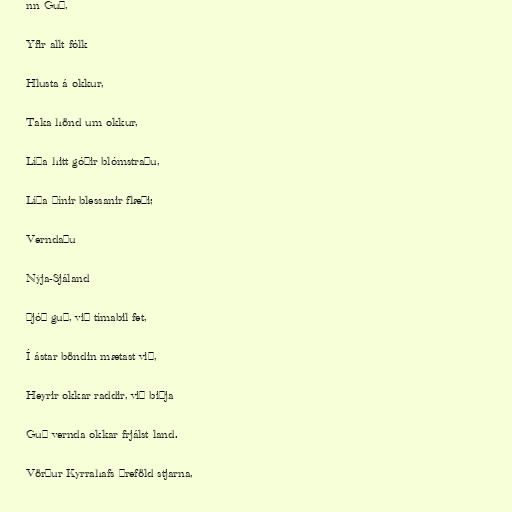
nn Guð,

Yfir allt fólk

Hlusta á okkur,

Taka hönd um okkur,

Líða hitt góðir blómstraðu,

Líða þínir blessanir flæði;

Verndaðu

Nýja-Sjáland

Þjóð guð, við tímabil fet,

Í ástar böndin mætast við,

Heyrir okkar raddir, við biðja

Guð vernda okkar frjálst land.

Vörður Kyrrahafs þreföld stjarna,